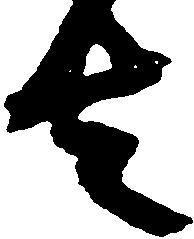
去